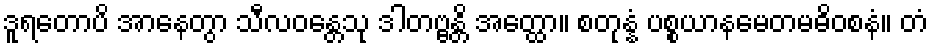
ဒူရတောပိ အာနေတွာ သီလဝန္တေသု ဒါတဗ္ဗန္တိ အတ္ထော။ စတုန္နံ ပစ္စယာနမေတမဓိဝစနံ။ တံ